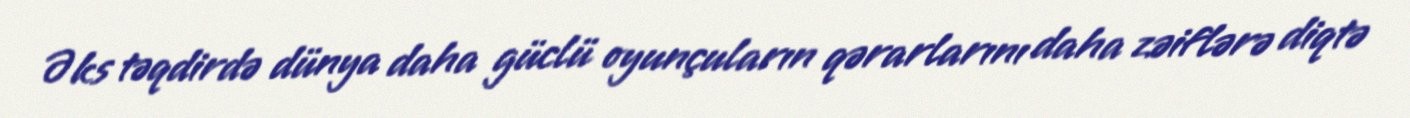
Əks təqdirdə dünya daha güclü oyunçuların qərarlarını daha zəiflərə diqtə